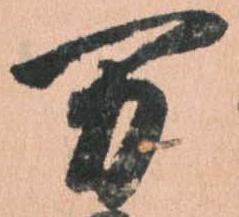
万